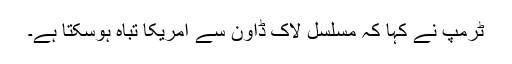
ٹرمپ نے کہا کہ مسلسل لاک ڈاؤن سے امریکا تباہ ہوسکتا ہے۔